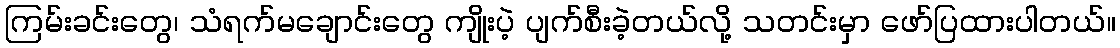
ကြမ်းခင်းတွေ၊ သံရက်မချောင်းတွေ ကျိုးပဲ့ ပျက်စီးခဲ့တယ်လို့ သတင်းမှာ ဖော်ပြထားပါတယ်။